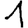
Digit: 1